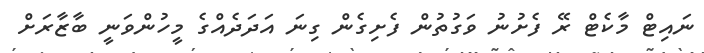
ނައިޓް މާކެޓް ރޭ ފެށުނު ވަގުތުން ފެށިގެން ގިނަ އަދަދެއްގެ މީހުންވަނީ ބާޒާރަށް